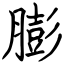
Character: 膨